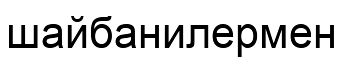
шайбанилермен